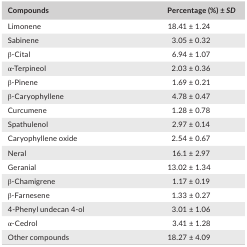
<table><thead><tr><td><b>Compounds</b></td><td><b>Percentage (%) ± <i>SD</i></b></td></tr></thead><tbody><tr><td>Limonene</td><td>18.41 ± 1.24</td></tr><tr><td>Sabinene</td><td>3.05 ± 0.32</td></tr><tr><td>β‐Cital</td><td>6.94 ± 1.07</td></tr><tr><td>α‐Terpineol</td><td>2.03 ± 0.36</td></tr><tr><td>β‐Pinene</td><td>1.69 ± 0.21</td></tr><tr><td>β‐Caryophyllene</td><td>4.78 ± 0.47</td></tr><tr><td>Curcumene</td><td>1.28 ± 0.78</td></tr><tr><td>Spathulenol</td><td>2.97 ± 0.14</td></tr><tr><td>Caryophyllene oxide</td><td>2.54 ± 0.67</td></tr><tr><td>Neral</td><td>16.1 ± 2.97</td></tr><tr><td>Geranial</td><td>13.02 ± 1.34</td></tr><tr><td>β‐Chamigrene</td><td>1.17 ± 0.19</td></tr><tr><td>β‐Farnesene</td><td>1.33 ± 0.27</td></tr><tr><td>4‐Phenyl undecan 4‐ol</td><td>3.01 ± 1.06</td></tr><tr><td>α‐Cedrol</td><td>3.41 ± 1.28</td></tr><tr><td>Other compounds</td><td>18.27 ± 4.09</td></tr></tbody></table>